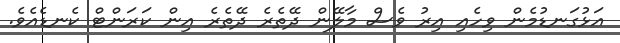
އަޅުގަނޑުމެން ވިހެއި އިރު ވެސް މާލޭން ދޭތެރެ ދޭތެރެ އިން ކަރަންޓް ކެނޑެއެވެ.